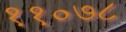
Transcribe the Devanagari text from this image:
११०७८